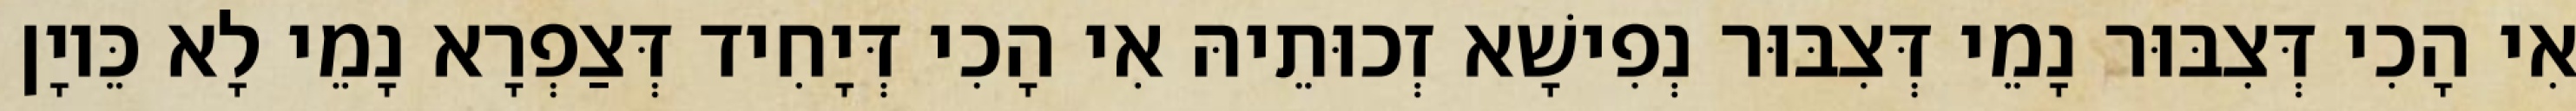
אִי הָכִי דְּצִבּוּר נָמֵי דְּצִבּוּר נְפִישָׁא זְכוּתֵיהּ אִי הָכִי דְּיָחִיד דְּצַפְרָא נָמֵי לָא כֵּיוָן